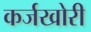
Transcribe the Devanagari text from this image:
कर्जखोरी